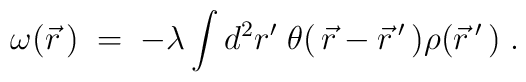
\omega ( \vec r \, ) \; = \; - \lambda \int d^2 r' \; \theta( \, \vec r - \vec r \, ' \, ) \rho ( \vec r \, ' \, ) \; .